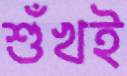
শুঁখই